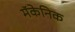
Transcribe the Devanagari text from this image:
मॅकेनिक